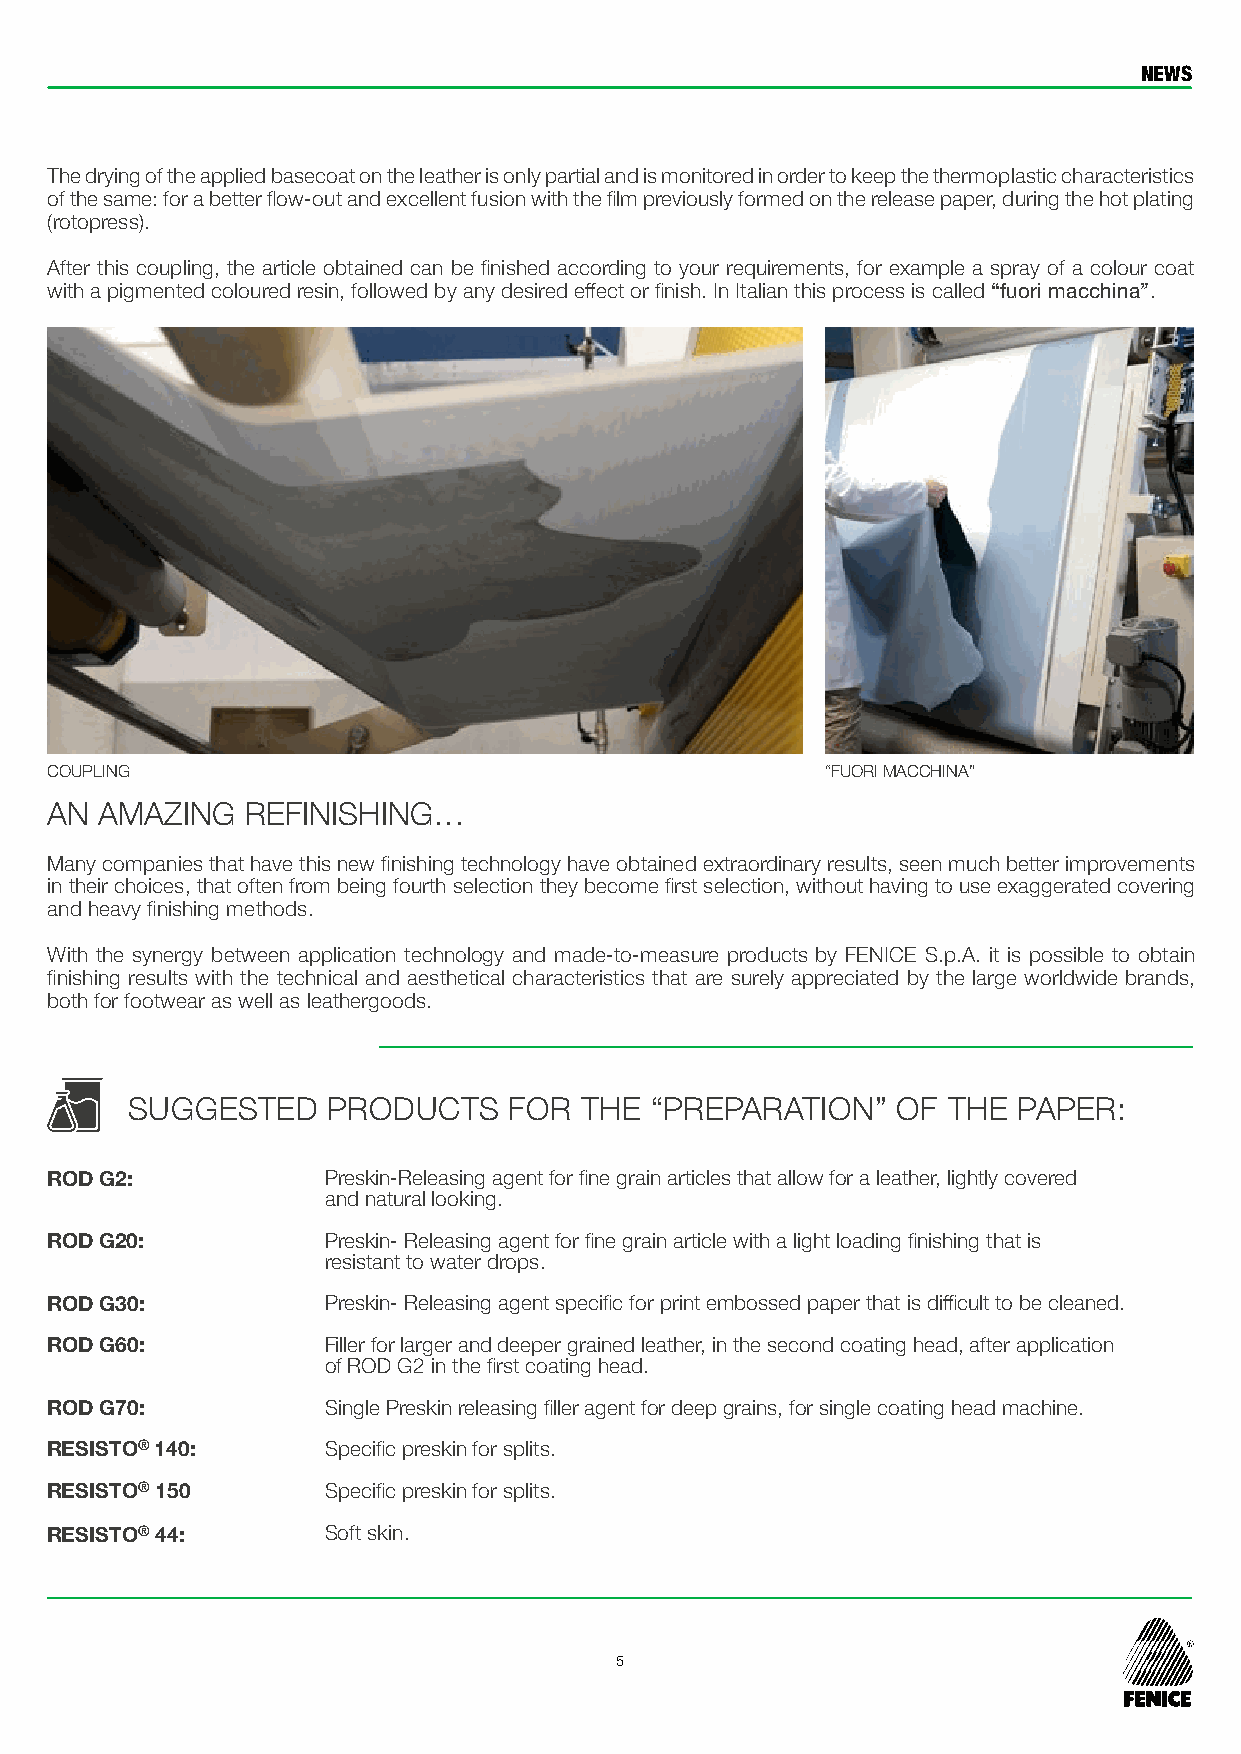
NEWS
 The drying of the applied basecoat on the leather is only partial and is monitored in order to keep the thermoplastic characteristics
 of the same: for a better flow-out and excellent fusion with the film previously formed on the release paper, during the hot plating
 (rotopress).
 After this coupling, the article obtained can be finished according to your requirements, for example a spray of a colour coat
 with a pigmented coloured resin, followed by any desired effect or finish. In Italian this process is called “fuori macchina”.
 COUPLING                                            “FUORI MACCHINA”
 AN  AMAZING  REFINISHING…
 Many companies that have this new finishing technology have obtained extraordinary results, seen much better improvements
 in their choices, that often from being fourth selection they become first selection, without having to use exaggerated covering
 and heavy finishing methods.
 With the synergy between application technology and made-to-measure products by FENICE S.p.A. it is possible to obtain
 finishing results with the technical and aesthetical characteristics that are surely appreciated by the large worldwide brands,
 both for footwear as well as leathergoods.
 SUGGESTED     PRODUCTS    FOR THE  “PREPARATION”   OF  THE PAPER:
 ROD G2:            Preskin-Releasing agent for fine grain articles that allow for a leather, lightly covered
 and natural looking.
 ROD G20:           Preskin- Releasing agent for fine grain article with a light loading finishing that is
 resistant to water drops.
 ROD G30:           Preskin- Releasing agent specific for print embossed paper that is difficult to be cleaned.
 ROD G60:           Filler for larger and deeper grained leather, in the second coating head, after application
 of ROD G2 in the first coating head.
 ROD G70:           Single Preskin releasing filler agent for deep grains, for single coating head machine.
 RESISTO® 140:      Specific preskin for splits.
 RESISTO® 150       Specific preskin for splits.
 RESISTO® 44:       Soft skin.
 5